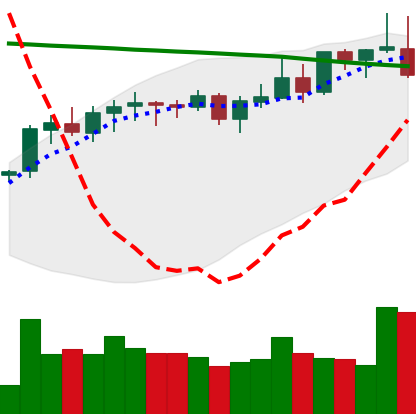
Ticker: LINK-USD
Chart end date: 2021-08-17
Forward return: 7.128%
Label: up_7plus